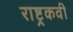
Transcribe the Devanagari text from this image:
राष्ट्रकवी